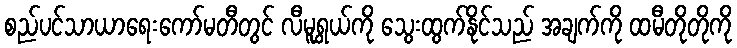
စည်ပင်သာယာရေးကော်မတီတွင် လီမူရွှယ်ကို သွေးထွက်နိုင်သည် အချက်ကို ထမီတိုတိုကို